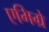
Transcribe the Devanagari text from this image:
एमिग्रे